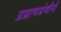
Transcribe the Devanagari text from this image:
प्रघ्राणग्रंथीनी